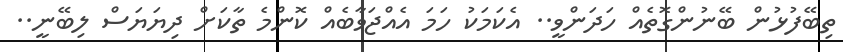
ތިބޭފުޅުން ބޭނުންގޮތެއް ހަދަންވީ.. އެކަމަކު ހަމަ އެއްޖަވާބެއް ކޮންމެ ތާކަށް ދިޔަޔަސް ލިބޭނީ..